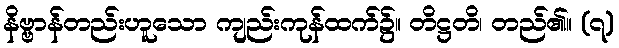
နိဗ္ဗာန်တည်းဟူသော ကျည်းကုန်ထက်၌။ တိဋ္ဌတိ၊ တည်၏။ (၇)